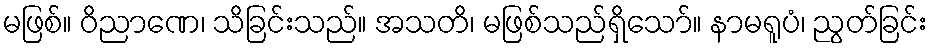
မဖြစ်။ ဝိညာဏေ၊ သိခြင်းသည်။ အသတိ၊ မဖြစ်သည်ရှိသော်။ နာမရူပံ၊ ညွတ်ခြင်း